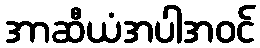
အာဆီယံအပါအဝင်